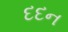
દદન